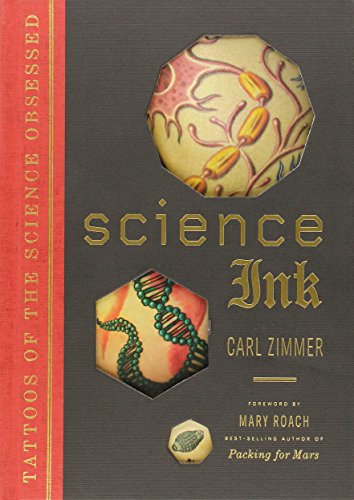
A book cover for Science Ink: Tattoos of the Science Obsessed; Carl Zimmer; Arts & Photography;